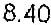
8.40